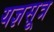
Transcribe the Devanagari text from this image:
यज्ञसूत्र